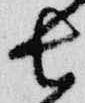
長